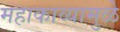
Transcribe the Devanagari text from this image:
महाकाव्यामुळे